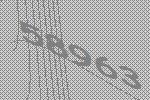
58963